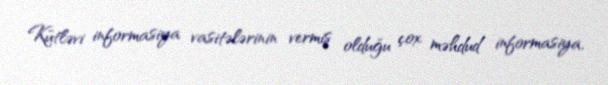
Kütləvi informasiya vasitələrinin vermiş olduğu çox məhdud informasiya,